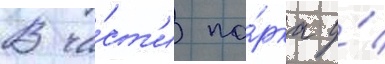
В ча́ст'и па́рка у́